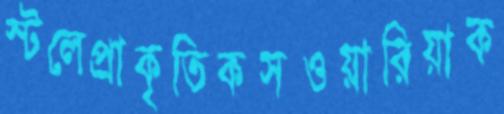
স্টলেপ্রাকৃতিকসওয়ারিয়াক